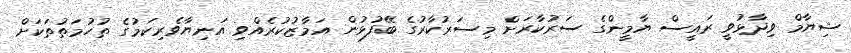
ޝިޔާމް ވިދާޅުވީ ރައީސް ޔާމީންގެ ސަރުކާރަށް މިސަރުކާރުގެ ބޭފުޅުން އަމާޒުކުރެއްވި އަނިޔާވެރިކަމުގެ ތުހުމަތުތަކަށް